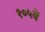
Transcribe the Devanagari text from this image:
१०५वें